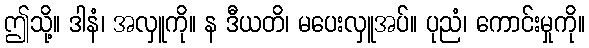
ဤသို့။ ဒါနံ၊ အလှူကို။ န ဒီယတိ၊ မပေးလှူအပ်။ ပုညံ၊ ကောင်းမှုကို။